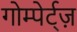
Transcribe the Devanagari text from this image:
गोम्पेर्ट्ज़